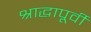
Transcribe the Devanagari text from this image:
श्राद्धापूर्वी